Vaccination in Burma 1920-1933 - 1920-1933
Year: 1920
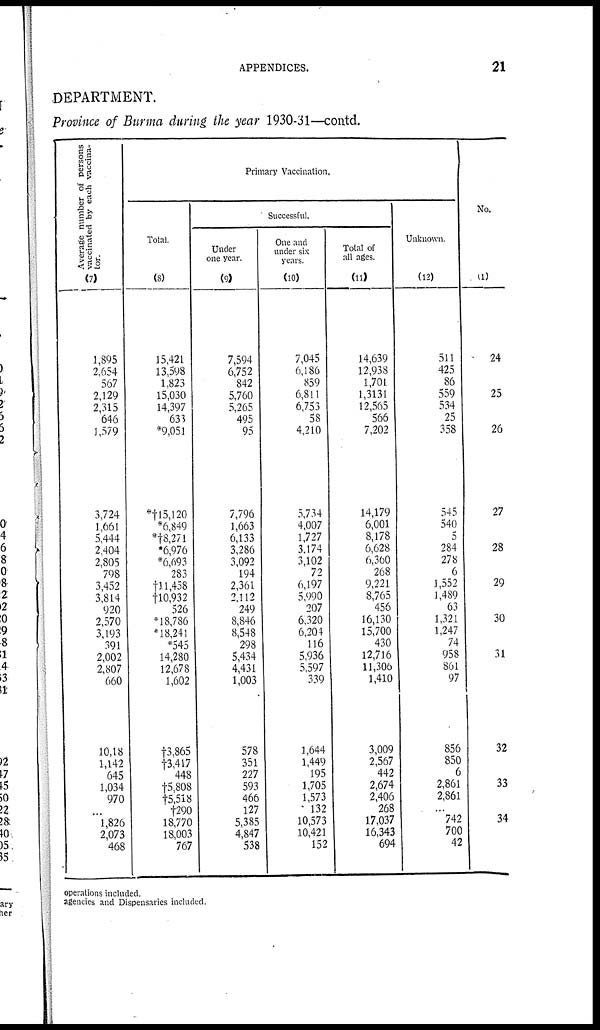
APPENDICES.
21
DEPARTMENT.
Province of Burma during the year 1930-31—contd.
Average number of persons
vaccinated by each vaccina-
tor.
(7)
1,895
2,654
507
2,129
2,315
646
1,579
3,724
1,661
5,444
2,404
2,805
798
3,452
3,814
920
2,570
3,193
391
2,002
2,807
660
10,18
1,142
645
1,034
970
...
1,826
2,073
468
Primary Vaccination.
Total.
(8)
15,421
13,598
1,823
15,030
14,397
633
*9,051
*†15,120
*6,849
*†8,271
*6,976
*6,693
283
†11,458
†10,932
526
*18,786
*18,241
*545
14,280
12,678
1,602
†3,865
†3,417
448
†5,808
†5,518
†290
18,770
18,003
767
Successful.
Under
one year.
(9)
7,594
6,752
842
5,760
5,265
495
95
7,796
1,663
6,133
3,286
3,092
194
2,361
2,112
249
8,846
8,548
298
5,434
4,431
1,003
578
351
227
593
466
127
5,385
4,847
538
One and
under six
years.
(10)
7,045
6,186
859
6,811
6,753
58
4,210
5,734
4,007
1,727
3,174
3,102
72
6,197
5,990
207
6,320
6,204
116
5,936
5,597
339
1,644
1,449
195
1,705
1,573
132
10,573
10,421
152
Total of
all ages.
(11)
14,639
12,938
1,701
1,3131
12,565
566
7,202
14,179
6,001
8,178
6,628
6,360
268
9,221
8,765
456
16,130
15,700
430
12,716
11,306
1,410
3,009
2,567
442
2,674
2,406
268
17,037
16,343
694
Unknown.
(12)
511
425
86
559
534
25
358
545
540
5
284
278
6
1,552
1,489
63
1,321
1,247
74
958
861
97
856
850
6
2,861
2,861
...
742
700
42
No.
(1)
24
25
26
27
28
29
30
31
32
33
34
operations included.
agencies and Dispensaries included.